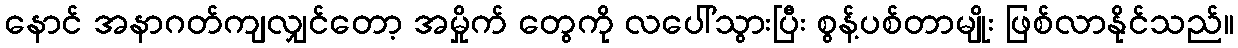
နောင် အနာဂတ်ကျလျှင်တော့ အမှိုက် တွေကို လပေါ်သွားပြီး စွန့်ပစ်တာမျိုး ဖြစ်လာနိုင်သည်။